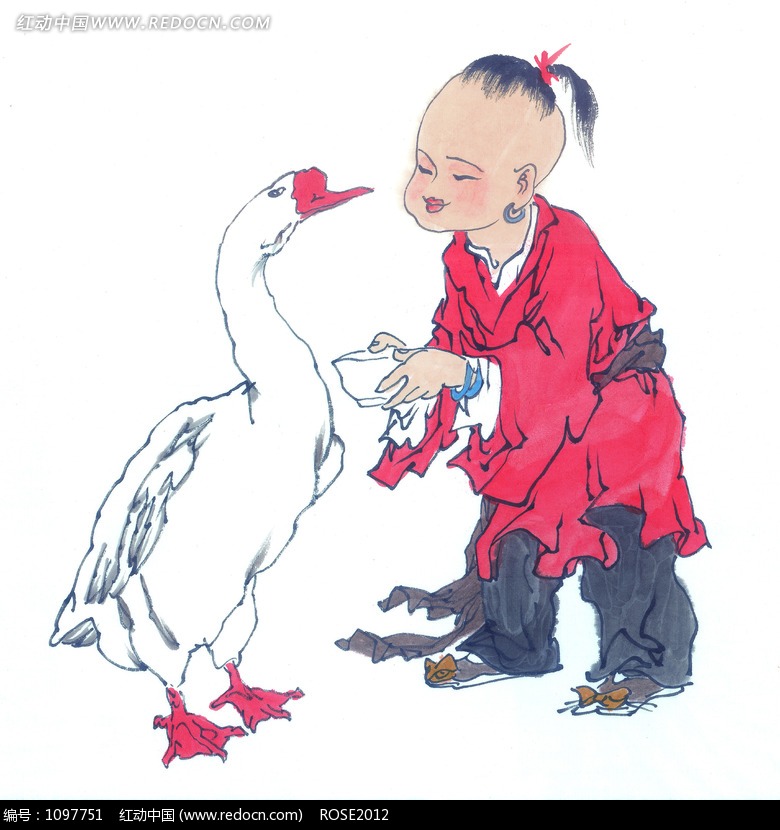
先生醉也，童子扶者。